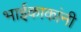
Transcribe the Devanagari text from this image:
भाईकाकांनी